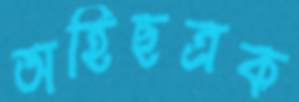
অহিছত্রক